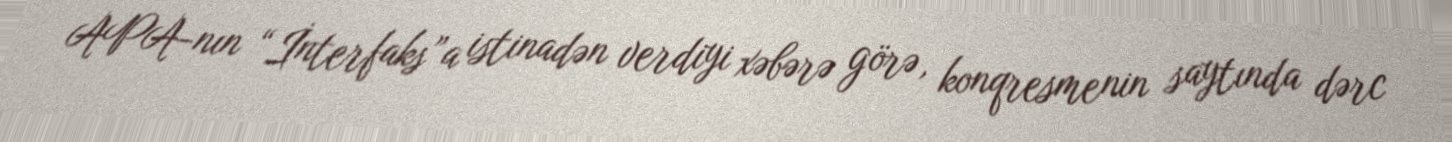
APA-nın “İnterfaks”a istinadən verdiyi xəbərə görə, konqresmenin saytında dərc